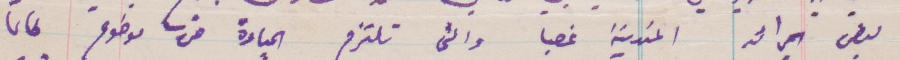
بعض الجرائد المتدينة غصبا والتي تلتزم الحيادة عن موضوع طالما